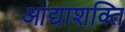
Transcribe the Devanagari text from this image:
आद्याशक्ति